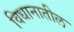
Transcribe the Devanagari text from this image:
विधानातील